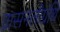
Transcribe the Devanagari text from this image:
ग्रासनलीग्रंथि